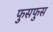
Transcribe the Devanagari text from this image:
फुसफुस